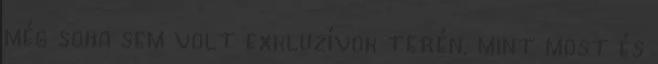
még soha sem volt exkluzívok terén, mint most és